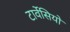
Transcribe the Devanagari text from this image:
टार्वेसियो